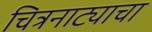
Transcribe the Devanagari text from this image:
चित्रनाट्याचा